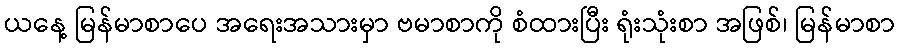
ယနေ့ မြန်မာစာပေ အရေးအသားမှာ ဗမာစာကို စံထားပြီး ရုံးသုံးစာ အဖြစ်၊ မြန်မာစာ